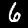
Label: 6